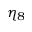
\eta _ { 8 }